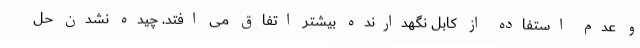
و عدم استفاده از کابل نگهدارنده بیشتر اتفاق می افتد. چیده نشدن حل